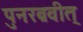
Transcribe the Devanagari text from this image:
पुनरब्रवीत्